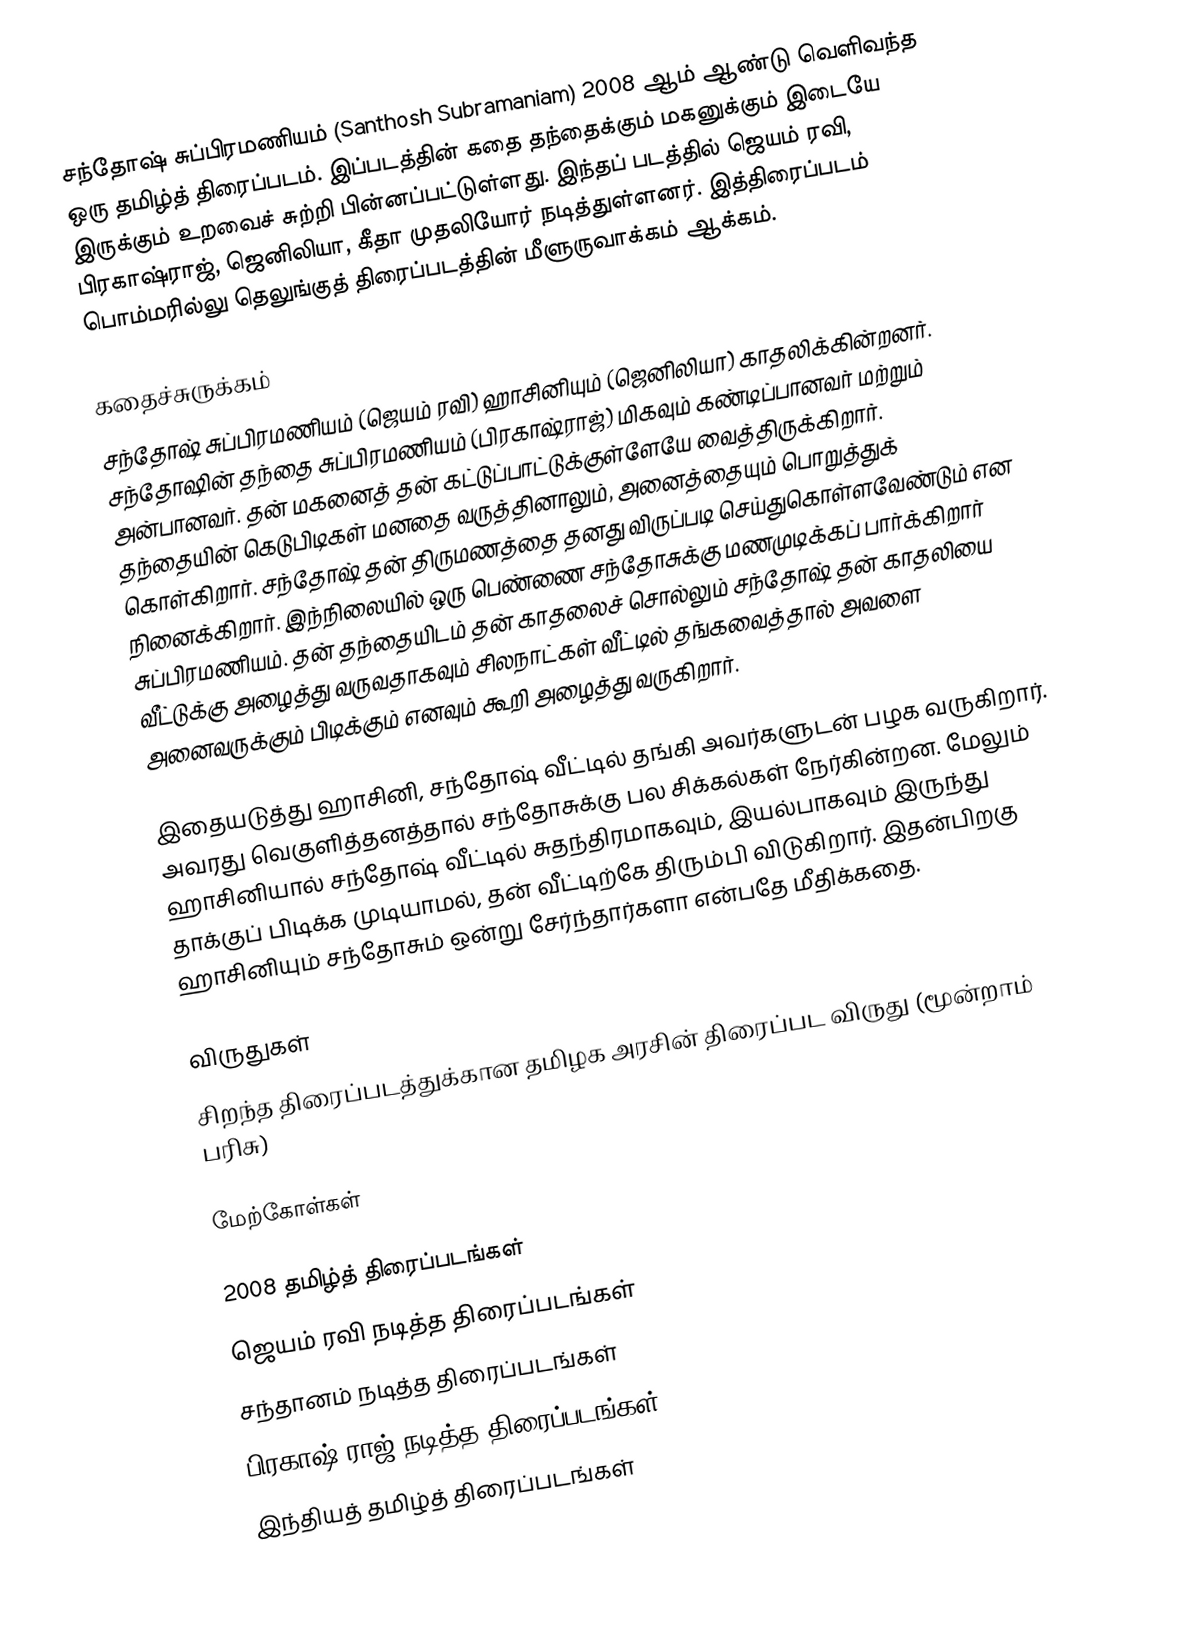
சந்தோஷ் சுப்பிரமணியம் (Santhosh Subramaniam) 2008 ஆம் ஆண்டு வெளிவந்த ஒரு தமிழ்த் திரைப்படம். இப்படத்தின் கதை தந்தைக்கும் மகனுக்கும் இடையே இருக்கும் உறவைச் சுற்றி பின்னப்பட்டுள்ளது.  இந்தப் படத்தில் ஜெயம் ரவி, பிரகாஷ்ராஜ், ஜெனிலியா, கீதா முதலியோர் நடித்துள்ளனர்.  இத்திரைப்படம் பொம்மரில்லு தெலுங்குத் திரைப்படத்தின் மீளுருவாக்கம் ஆக்கம்.

கதைச்சுருக்கம்
சந்தோஷ் சுப்பிரமணியம் (ஜெயம் ரவி) ஹாசினியும் (ஜெனிலியா) காதலிக்கின்றனர். சந்தோஷின் தந்தை சுப்பிரமணியம் (பிரகாஷ்ராஜ்) மிகவும் கண்டிப்பானவர் மற்றும் அன்பானவர். தன் மகனைத் தன் கட்டுப்பாட்டுக்குள்ளேயே வைத்திருக்கிறார். தந்தையின் கெடுபிடிகள் மனதை வருத்தினாலும், அனைத்தையும் பொறுத்துக் கொள்கிறார். சந்தோஷ் தன் திருமணத்தை தனது விருப்படி செய்துகொள்ளவேண்டும் என நினைக்கிறார். இந்நிலையில் ஒரு பெண்ணை சந்தோசுக்கு மணமுடிக்கப் பார்க்கிறார் சுப்பிரமணியம். தன் தந்தையிடம் தன் காதலைச் சொல்லும் சந்தோஷ் தன் காதலியை வீட்டுக்கு அழைத்து வருவதாகவும் சிலநாட்கள் வீட்டில் தங்கவைத்தால் அவளை அனைவருக்கும் பிடிக்கும் எனவும் கூறி அழைத்து வருகிறார்.

இதையடுத்து ஹாசினி, சந்தோஷ்  வீட்டில் தங்கி அவர்களுடன்  பழக வருகிறார். அவரது வெகுளித்தனத்தால் சந்தோசுக்கு பல சிக்கல்கள் நேர்கின்றன. மேலும் ஹாசினியால் சந்தோஷ் வீட்டில் சுதந்திரமாகவும்,  இயல்பாகவும் இருந்து தாக்குப் பிடிக்க முடியாமல், தன் வீட்டிற்கே திரும்பி விடுகிறார். இதன்பிறகு ஹாசினியும் சந்தோசும் ஒன்று சேர்ந்தார்களா என்பதே மீதிக்கதை.

விருதுகள்
 சிறந்த திரைப்படத்துக்கான தமிழக அரசின் திரைப்பட விருது (மூன்றாம் பரிசு)

மேற்கோள்கள்

2008 தமிழ்த் திரைப்படங்கள்
ஜெயம் ரவி நடித்த திரைப்படங்கள்
சந்தானம் நடித்த திரைப்படங்கள்
பிரகாஷ் ராஜ் நடித்த திரைப்படங்கள்
இந்தியத் தமிழ்த் திரைப்படங்கள்